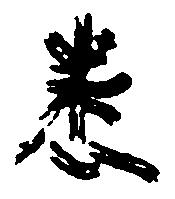
悉